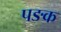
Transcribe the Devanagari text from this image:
पङक